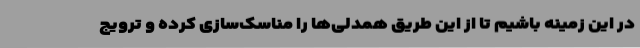
در این زمینه باشیم تا از این طریق همدلی‌ها را مناسک‌سازی کرده و ترویج